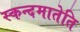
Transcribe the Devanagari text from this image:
स्कन्दमातेति